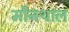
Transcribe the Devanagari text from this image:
मौनथाल